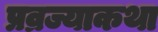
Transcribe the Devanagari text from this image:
प्रव्रज्याकथा